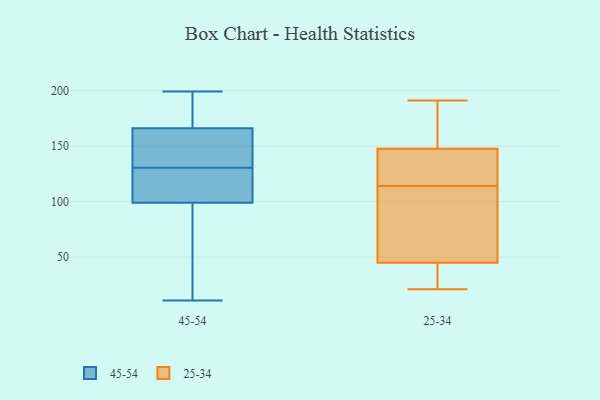
{"axis": {"x": "Net Income (USD K)", "y": "Value"}, "legend": ["25-34", "45-54"], "data": [{"x": "", "y": 11, "type": "45-54"}, {"x": "", "y": 141, "type": "45-54"}, {"x": "", "y": 145, "type": "45-54"}, {"x": "", "y": 51, "type": "45-54"}, {"x": "", "y": 120, "type": "45-54"}, {"x": "", "y": 166, "type": "45-54"}, {"x": "", "y": 30, "type": "45-54"}, {"x": "", "y": 189, "type": "45-54"}, {"x": "", "y": 28, "type": "45-54"}, {"x": "", "y": 99, "type": "45-54"}, {"x": "", "y": 107, "type": "45-54"}, {"x": "", "y": 113, "type": "45-54"}, {"x": "", "y": 195, "type": "45-54"}, {"x": "", "y": 174, "type": "45-54"}, {"x": "", "y": 146, "type": "45-54"}, {"x": "", "y": 166, "type": "45-54"}, {"x": "", "y": 199, "type": "45-54"}, {"x": "", "y": 109, "type": "45-54"}, {"x": "", "y": 126, "type": "25-34"}, {"x": "", "y": 151, "type": "25-34"}, {"x": "", "y": 21, "type": "25-34"}, {"x": "", "y": 191, "type": "25-34"}, {"x": "", "y": 144, "type": "25-34"}, {"x": "", "y": 64, "type": "25-34"}, {"x": "", "y": 153, "type": "25-34"}, {"x": "", "y": 26, "type": "25-34"}, {"x": "", "y": 79, "type": "25-34"}, {"x": "", "y": 133, "type": "25-34"}, {"x": "", "y": 102, "type": "25-34"}, {"x": "", "y": 22, "type": "25-34"}]}